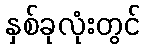
နှစ်ခုလုံးတွင်